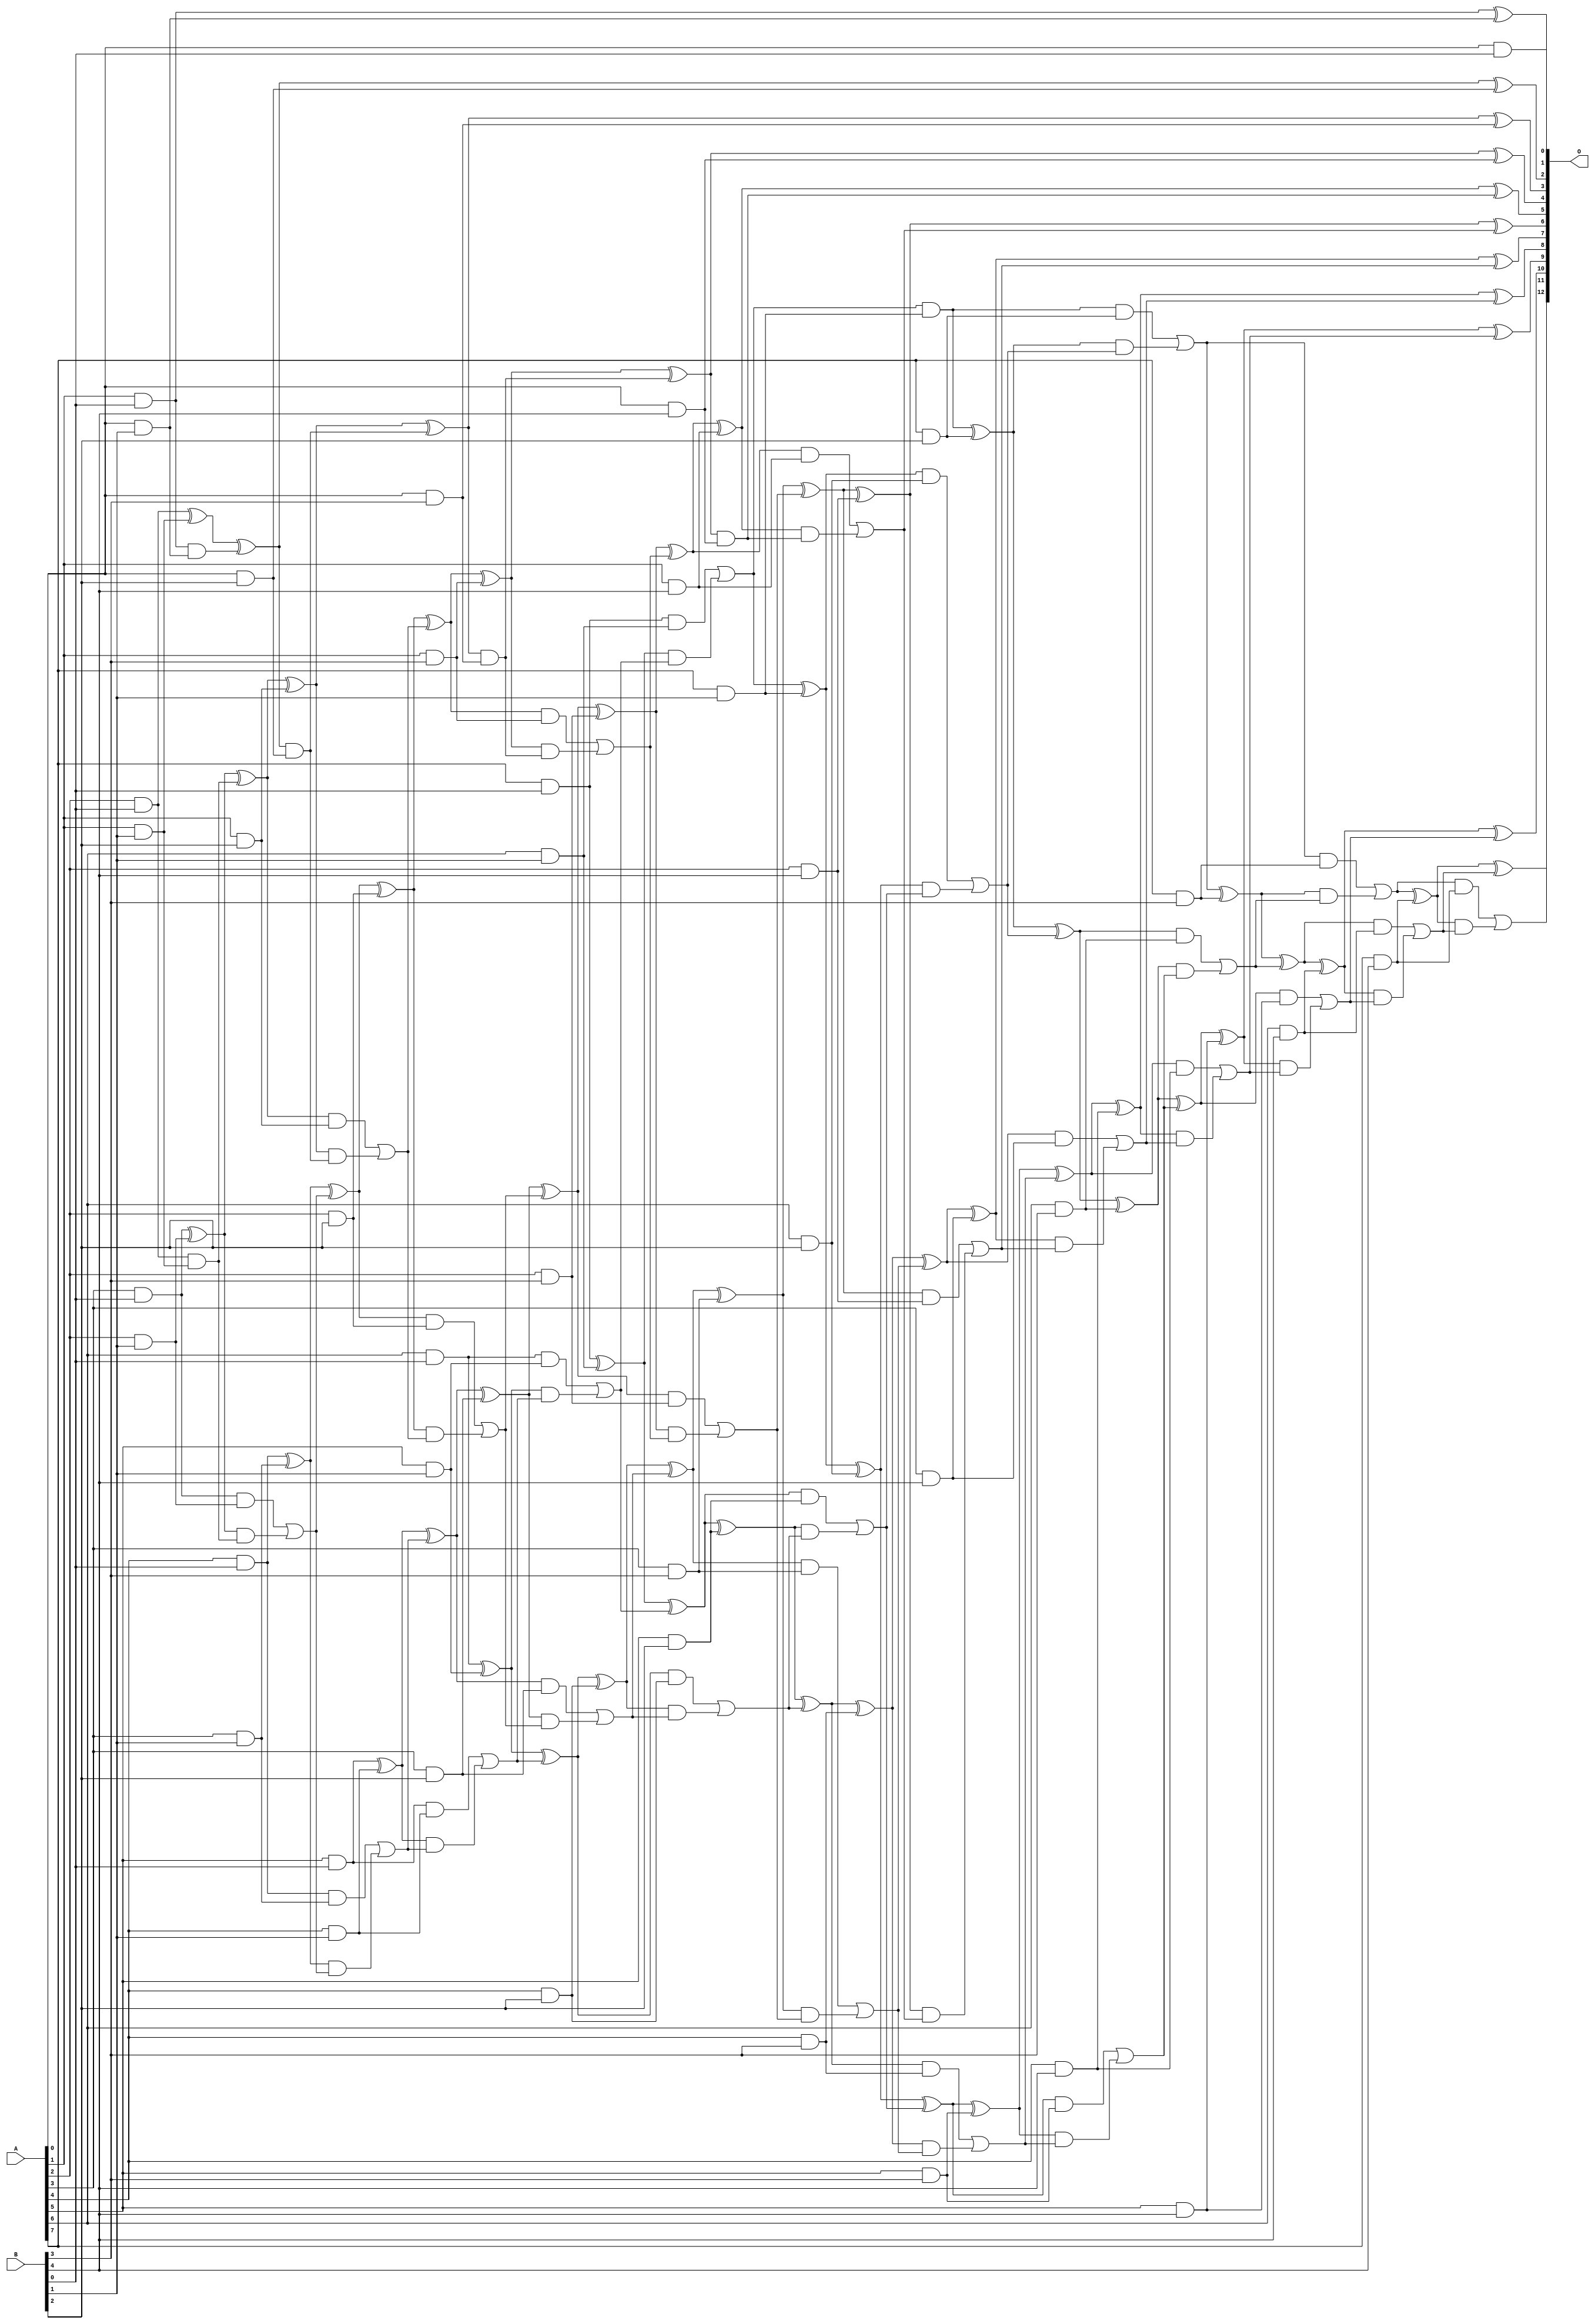
/***
* This code is a part of EvoApproxLib library (ehw.fit.vutbr.cz/approxlib) distributed under The MIT License.
* When used, please cite the following article(s): V. Mrazek, L. Sekanina, Z. Vasicek "Libraries of Approximate Circuits: Automated Design and Application in CNN Accelerators" IEEE Journal on Emerging and Selected Topics in Circuits and Systems, Vol 10, No 4, 2020 
* This file contains a circuit from a sub-set of pareto optimal circuits with respect to the pwr and ep parameters
***/
// MAE% = 0.0031 %
// MAE = 0.25 
// WCE% = 0.098 %
// WCE = 8.0 
// WCRE% = 88.89 %
// EP% = 3.12 %
// MRE% = 0.063 %
// MSE = 2.0 
// PDK45_PWR = 0.194 mW
// PDK45_AREA = 415.3 um2
// PDK45_DELAY = 1.44 ns

module mul8x5u_379 (
    A,
    B,
    O
);

input [7:0] A;
input [4:0] B;
output [12:0] O;

wire sig_13,sig_14,sig_15,sig_16,sig_17,sig_18,sig_19,sig_20,sig_21,sig_22,sig_23,sig_24,sig_25,sig_26,sig_27,sig_28,sig_29,sig_30,sig_31,sig_32;
wire sig_34,sig_36,sig_37,sig_38,sig_39,sig_40,sig_41,sig_42,sig_43,sig_44,sig_45,sig_46,sig_47,sig_48,sig_49,sig_50,sig_51,sig_52,sig_53,sig_54;
wire sig_55,sig_56,sig_57,sig_58,sig_59,sig_60,sig_61,sig_62,sig_63,sig_64,sig_65,sig_66,sig_67,sig_68,sig_69,sig_70,sig_71,sig_72,sig_73,sig_74;
wire sig_75,sig_76,sig_77,sig_78,sig_79,sig_80,sig_81,sig_82,sig_83,sig_84,sig_85,sig_86,sig_87,sig_88,sig_89,sig_90,sig_91,sig_92,sig_93,sig_94;
wire sig_95,sig_96,sig_97,sig_98,sig_99,sig_100,sig_101,sig_102,sig_103,sig_104,sig_105,sig_106,sig_107,sig_108,sig_109,sig_110,sig_111,sig_112,sig_113,sig_114;
wire sig_115,sig_116,sig_117,sig_118,sig_119,sig_120,sig_121,sig_122,sig_123,sig_124,sig_125,sig_126,sig_127,sig_128,sig_129,sig_130,sig_131,sig_132,sig_133,sig_134;
wire sig_135,sig_136,sig_137,sig_138,sig_139,sig_140,sig_141,sig_142,sig_143,sig_144,sig_145,sig_146,sig_147,sig_148,sig_149,sig_150,sig_151,sig_152,sig_153,sig_154;
wire sig_155,sig_156,sig_157,sig_158,sig_159,sig_160,sig_161,sig_162,sig_163,sig_164,sig_165,sig_166,sig_167,sig_168,sig_169,sig_170,sig_171,sig_172,sig_173,sig_174;
wire sig_175,sig_176,sig_177,sig_178,sig_179,sig_180,sig_181,sig_182,sig_183,sig_184,sig_185,sig_186,sig_187,sig_188,sig_189,sig_190,sig_191,sig_192,sig_193,sig_194;
wire sig_195,sig_196,sig_197;

assign sig_13 = A[0] & B[0];
assign sig_14 = A[1] & B[0];
assign sig_15 = A[2] & B[0];
assign sig_16 = A[3] & B[0];
assign sig_17 = A[4] & B[0];
assign sig_18 = A[5] & B[0];
assign sig_19 = A[6] & B[0];
assign sig_20 = A[7] & B[0];
assign sig_21 = A[0] & B[1];
assign sig_22 = A[1] & B[1];
assign sig_23 = A[2] & B[1];
assign sig_24 = A[3] & B[1];
assign sig_25 = A[4] & B[1];
assign sig_26 = A[5] & B[1];
assign sig_27 = A[6] & B[1];
assign sig_28 = A[7] & B[1];
assign sig_29 = sig_14 & sig_21;
assign sig_30 = sig_14 ^ sig_21;
assign sig_31 = sig_15 ^ sig_22;
assign sig_32 = sig_15 & sig_22;
assign sig_34 = sig_31 ^ sig_29;
assign sig_36 = sig_16 ^ sig_23;
assign sig_37 = sig_16 & sig_23;
assign sig_38 = sig_36 & sig_32;
assign sig_39 = sig_36 ^ sig_32;
assign sig_40 = sig_37 | sig_38;
assign sig_41 = sig_17 ^ sig_24;
assign sig_42 = sig_17 & sig_24;
assign sig_43 = sig_41 & sig_40;
assign sig_44 = sig_41 ^ sig_40;
assign sig_45 = sig_42 | sig_43;
assign sig_46 = sig_18 ^ sig_25;
assign sig_47 = sig_18 & sig_25;
assign sig_48 = sig_46 & sig_45;
assign sig_49 = sig_46 ^ sig_45;
assign sig_50 = sig_47 | sig_48;
assign sig_51 = sig_19 ^ sig_26;
assign sig_52 = sig_19 & sig_26;
assign sig_53 = sig_51 & sig_50;
assign sig_54 = sig_51 ^ sig_50;
assign sig_55 = sig_52 | sig_53;
assign sig_56 = sig_20 ^ sig_27;
assign sig_57 = sig_20 & sig_27;
assign sig_58 = sig_56 & sig_55;
assign sig_59 = sig_56 ^ sig_55;
assign sig_60 = sig_57 | sig_58;
assign sig_61 = sig_60 & sig_28;
assign sig_62 = sig_60 ^ sig_28;
assign sig_63 = A[0] & B[2];
assign sig_64 = A[1] & B[2];
assign sig_65 = A[2] & B[2];
assign sig_66 = A[3] & B[2];
assign sig_67 = A[4] & B[2];
assign sig_68 = A[5] & B[2];
assign sig_69 = A[6] & B[2];
assign sig_70 = A[7] & B[2];
assign sig_71 = sig_34 & sig_63;
assign sig_72 = sig_34 ^ sig_63;
assign sig_73 = sig_39 ^ sig_64;
assign sig_74 = sig_39 & sig_64;
assign sig_75 = sig_73 & sig_71;
assign sig_76 = sig_73 ^ sig_71;
assign sig_77 = sig_74 | sig_75;
assign sig_78 = sig_44 ^ sig_65;
assign sig_79 = sig_44 & sig_65;
assign sig_80 = sig_78 & sig_77;
assign sig_81 = sig_78 ^ sig_77;
assign sig_82 = sig_79 | sig_80;
assign sig_83 = sig_49 ^ sig_66;
assign sig_84 = sig_49 & sig_66;
assign sig_85 = sig_83 & sig_82;
assign sig_86 = sig_83 ^ sig_82;
assign sig_87 = sig_84 | sig_85;
assign sig_88 = sig_54 ^ sig_67;
assign sig_89 = sig_54 & sig_67;
assign sig_90 = sig_88 & sig_87;
assign sig_91 = sig_88 ^ sig_87;
assign sig_92 = sig_89 | sig_90;
assign sig_93 = sig_59 ^ sig_68;
assign sig_94 = sig_59 & sig_68;
assign sig_95 = sig_93 & sig_92;
assign sig_96 = sig_93 ^ sig_92;
assign sig_97 = sig_94 | sig_95;
assign sig_98 = sig_62 ^ sig_69;
assign sig_99 = sig_62 & sig_69;
assign sig_100 = sig_98 & sig_97;
assign sig_101 = sig_98 ^ sig_97;
assign sig_102 = sig_99 | sig_100;
assign sig_103 = sig_61 ^ sig_70;
assign sig_104 = sig_61 & sig_70;
assign sig_105 = sig_103 & sig_102;
assign sig_106 = sig_103 ^ sig_102;
assign sig_107 = sig_104 | sig_105;
assign sig_108 = A[0] & B[3];
assign sig_109 = A[1] & B[3];
assign sig_110 = A[2] & B[3];
assign sig_111 = A[3] & B[3];
assign sig_112 = A[4] & B[3];
assign sig_113 = A[5] & B[3];
assign sig_114 = A[6] & B[3];
assign sig_115 = A[7] & B[3];
assign sig_116 = sig_76 & sig_108;
assign sig_117 = sig_76 ^ sig_108;
assign sig_118 = sig_81 ^ sig_109;
assign sig_119 = sig_81 & sig_109;
assign sig_120 = sig_118 & sig_116;
assign sig_121 = sig_118 ^ sig_116;
assign sig_122 = sig_119 | sig_120;
assign sig_123 = sig_86 ^ sig_110;
assign sig_124 = sig_86 & sig_110;
assign sig_125 = sig_123 & sig_122;
assign sig_126 = sig_123 ^ sig_122;
assign sig_127 = sig_124 | sig_125;
assign sig_128 = sig_91 ^ sig_111;
assign sig_129 = sig_91 & sig_111;
assign sig_130 = sig_128 & sig_127;
assign sig_131 = sig_128 ^ sig_127;
assign sig_132 = sig_129 | sig_130;
assign sig_133 = sig_96 ^ sig_112;
assign sig_134 = sig_96 & sig_112;
assign sig_135 = sig_133 & sig_132;
assign sig_136 = sig_133 ^ sig_132;
assign sig_137 = sig_134 | sig_135;
assign sig_138 = sig_101 ^ sig_113;
assign sig_139 = sig_101 & sig_113;
assign sig_140 = sig_138 & sig_137;
assign sig_141 = sig_138 ^ sig_137;
assign sig_142 = sig_139 | sig_140;
assign sig_143 = sig_106 ^ sig_114;
assign sig_144 = sig_106 & sig_114;
assign sig_145 = sig_143 & sig_142;
assign sig_146 = sig_143 ^ sig_142;
assign sig_147 = sig_144 | sig_145;
assign sig_148 = sig_107 ^ sig_115;
assign sig_149 = sig_107 & sig_115;
assign sig_150 = sig_148 & sig_147;
assign sig_151 = sig_148 ^ sig_147;
assign sig_152 = sig_149 | sig_150;
assign sig_153 = A[0] & B[4];
assign sig_154 = A[1] & B[4];
assign sig_155 = A[2] & B[4];
assign sig_156 = A[3] & B[4];
assign sig_157 = A[4] & B[4];
assign sig_158 = A[5] & B[4];
assign sig_159 = A[6] & B[4];
assign sig_160 = A[7] & B[4];
assign sig_161 = sig_121 & sig_153;
assign sig_162 = sig_121 ^ sig_153;
assign sig_163 = sig_126 ^ sig_154;
assign sig_164 = sig_126 & sig_154;
assign sig_165 = sig_163 & sig_161;
assign sig_166 = sig_163 ^ sig_161;
assign sig_167 = sig_164 | sig_165;
assign sig_168 = sig_131 ^ sig_155;
assign sig_169 = sig_131 & sig_155;
assign sig_170 = sig_168 & sig_167;
assign sig_171 = sig_168 ^ sig_167;
assign sig_172 = sig_169 | sig_170;
assign sig_173 = sig_136 ^ sig_156;
assign sig_174 = sig_136 & sig_156;
assign sig_175 = sig_173 & sig_172;
assign sig_176 = sig_173 ^ sig_172;
assign sig_177 = sig_174 | sig_175;
assign sig_178 = sig_141 ^ sig_157;
assign sig_179 = sig_141 & sig_157;
assign sig_180 = sig_178 & sig_177;
assign sig_181 = sig_178 ^ sig_177;
assign sig_182 = sig_179 | sig_180;
assign sig_183 = sig_146 ^ sig_158;
assign sig_184 = sig_146 & sig_158;
assign sig_185 = sig_183 & sig_182;
assign sig_186 = sig_183 ^ sig_182;
assign sig_187 = sig_184 | sig_185;
assign sig_188 = sig_151 ^ sig_159;
assign sig_189 = sig_151 & sig_159;
assign sig_190 = sig_188 & sig_187;
assign sig_191 = sig_188 ^ sig_187;
assign sig_192 = sig_189 | sig_190;
assign sig_193 = sig_152 ^ sig_160;
assign sig_194 = sig_152 & sig_160;
assign sig_195 = sig_193 & sig_192;
assign sig_196 = sig_193 ^ sig_192;
assign sig_197 = sig_194 | sig_195;

assign O[12] = sig_197;
assign O[11] = sig_196;
assign O[10] = sig_191;
assign O[9] = sig_186;
assign O[8] = sig_181;
assign O[7] = sig_176;
assign O[6] = sig_171;
assign O[5] = sig_166;
assign O[4] = sig_162;
assign O[3] = sig_117;
assign O[2] = sig_72;
assign O[1] = sig_30;
assign O[0] = sig_13;

endmodule